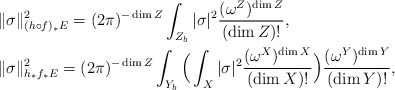
\begin{align*} & \|\sigma\|_{(h\circ f)_*E}^2=(2\pi)^{-\dim Z}\int_{Z_b} |\sigma|^2 \frac{(\omega^Z)^{\dim Z}}{(\dim Z)!} , \\ & \|\sigma\|_{h_*f_*E}^2=(2\pi)^{-\dim Z}\int_{Y_b} \Big( \int_{X} |\sigma|^2 \frac{(\omega^X)^{\dim X}}{(\dim X)!}\Big) \frac{(\omega^Y)^{\dim Y}}{(\dim Y)!} , \end{align*}